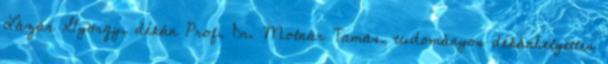
Lázár György, dékán Prof. Dr. Molnár Tamás, tudományos dékánhelyettes